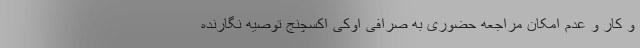
و کار و عدم امکان مراجعه حضوری به صرافی اوکی اکسچنج توصیه نگارنده